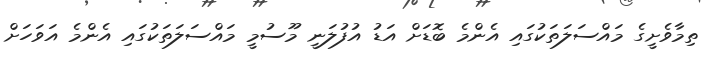
ތިމާވެށީގެ މައްސަލަތަކުގައި އެންމެ ބޮޑަށް އަޑު އުފުލަނީ މޫސުމީ މައްސަލަތަކުގައި އެންމެ އަވަހަށް